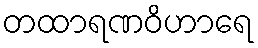
တထာရဏဝိဟာရေ